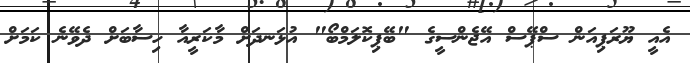
އެއީ ޔޫރަޕިއަން ސްޕޭސް އޭޖެންސީގެ "ބޭޕިކޮލަމްބޯ" އުޅަނދަށް މާކަރީއާ ހިސާބަށް ދެވޭނެ ކަމަށް